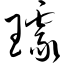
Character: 璩